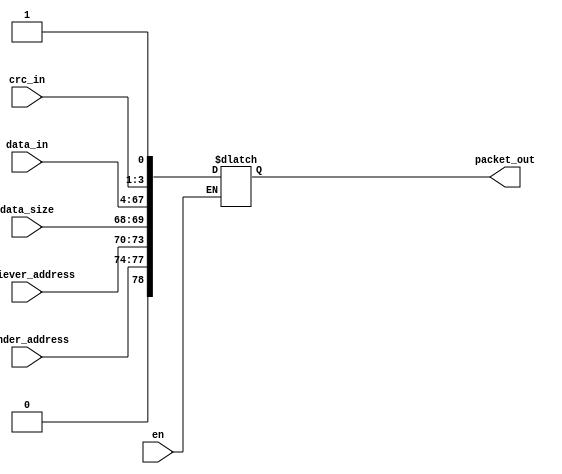
module make_packet(input [63:0]data_in,
		input [3:0]sender_address,
		input [3:0]reciever_address,
		input [1:0]data_size,
		input [2:0]crc_in,
		input en,
		output reg[78:0]packet_out
    );
	 
	 always@(*)
	 begin
		if(en)
		begin
			packet_out[78] <= 0;
			packet_out[77:74] <= sender_address;
			packet_out[73:70] <= reciever_address;
			packet_out[69:68] <= data_size;
			packet_out[67:4] <= data_in;
			packet_out[3:1] <= crc_in;
			packet_out[0] <= 1;
		end
	 end



endmodule